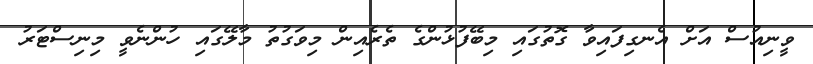
ވީނިއުސް އަށް އެނގިފައިވާ ގޮތުގައި މިބޭފުޅުންގެ ތެރެއިން މިވަގުތު މާލޭގައި ހުންނެވީ މިނިސްޓަރު